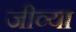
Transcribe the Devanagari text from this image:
जीव्या